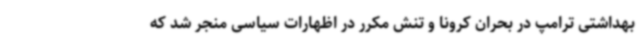
بهداشتی ترامپ در بحران کرونا و تنش مکرر در اظهارات سیاسی منجر شد که